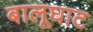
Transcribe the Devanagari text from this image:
बालूघाट